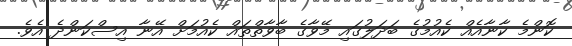
ކޮންމެ ކާނާއެއް ކެއުމުގެ ބަދަލުގައި މޭވާގެ ބާވާތްތައް ކެއުުމަށް އޭނާ އިސްކަންދެ އެވެ.